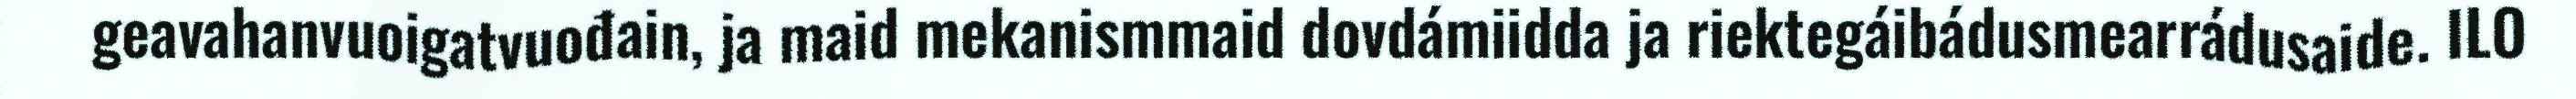
geavahanvuoigatvuođain, ja maid mekanismmaid dovdámiidda ja riektegáibádusmearrádusaide. ILO